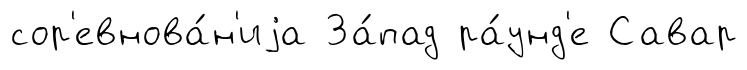
сор'евнова́н'иjа За́пад ра́унд'е Савар